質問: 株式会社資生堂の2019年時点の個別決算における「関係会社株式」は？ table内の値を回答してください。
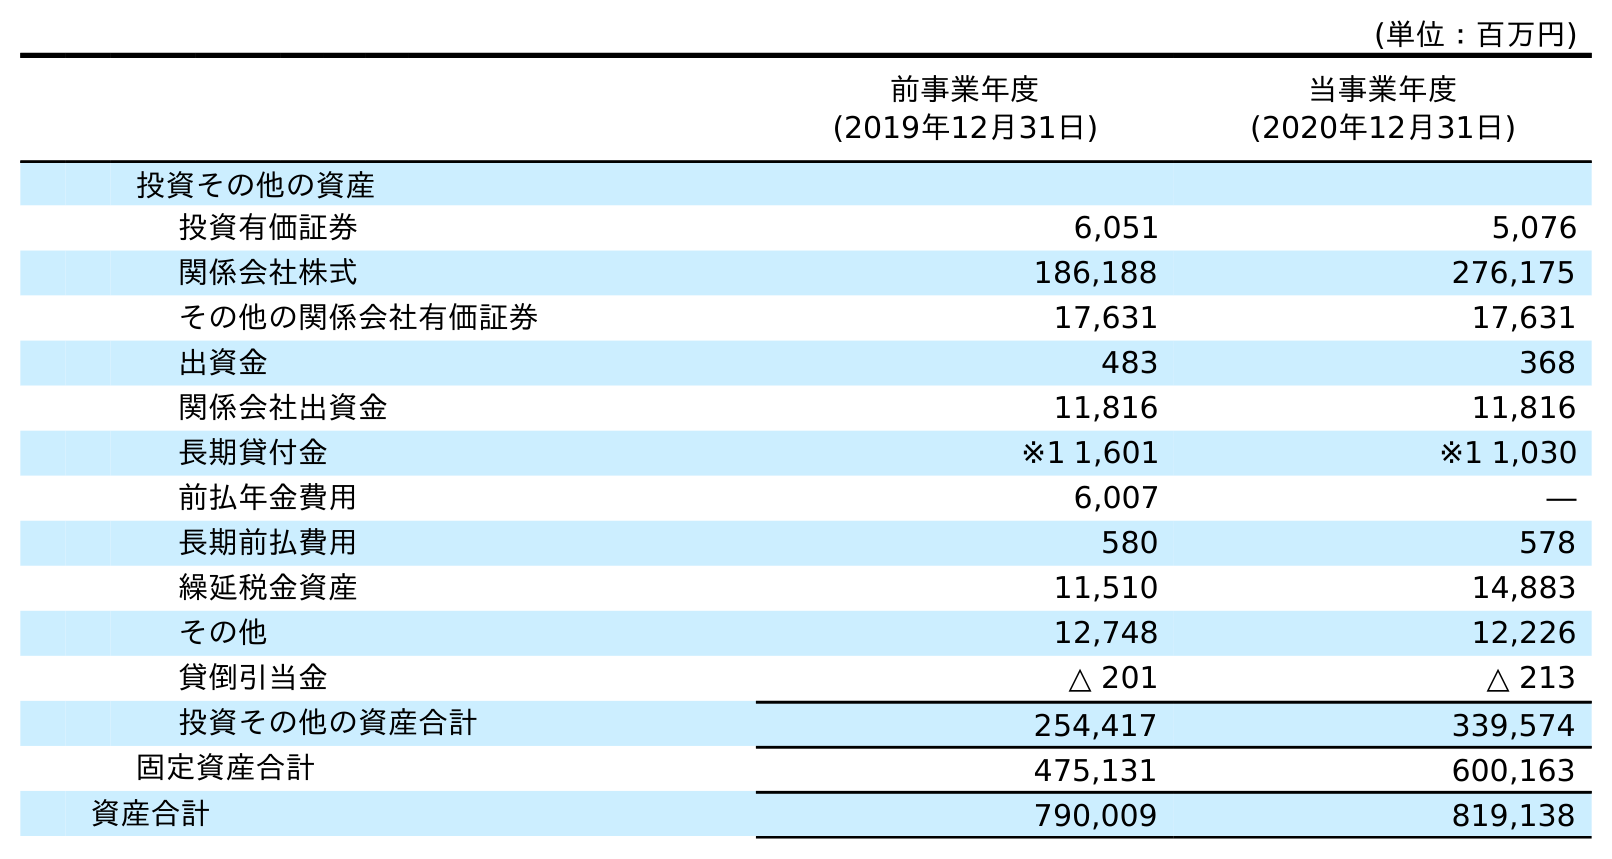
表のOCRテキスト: (単位：百万円) 前事業年度 (2019年12月31日) 当事業年度 (2020年12月31日) 投資その他の資産 投資有価証券 6,051 5,076 関係会社株式 186,188 276,175 その他の関係会社有価証券 17,631 17,631 出資金 483 368 関係会社出資金 11,816 11,816 長期貸付金 ※1 1,601 ※1 1,030 前払年金費用 6,007 ― 長期前払費用 580 578 繰延税金資産 11,510 14,883 その他 12,748 12,226 貸倒引当金 △ 201 △ 213 投資その他の資産合計 254,417 339,574 固定資産合計 475,131 600,163 資産合計 790,009 819,138
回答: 186,188